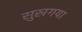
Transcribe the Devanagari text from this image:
सुखगया